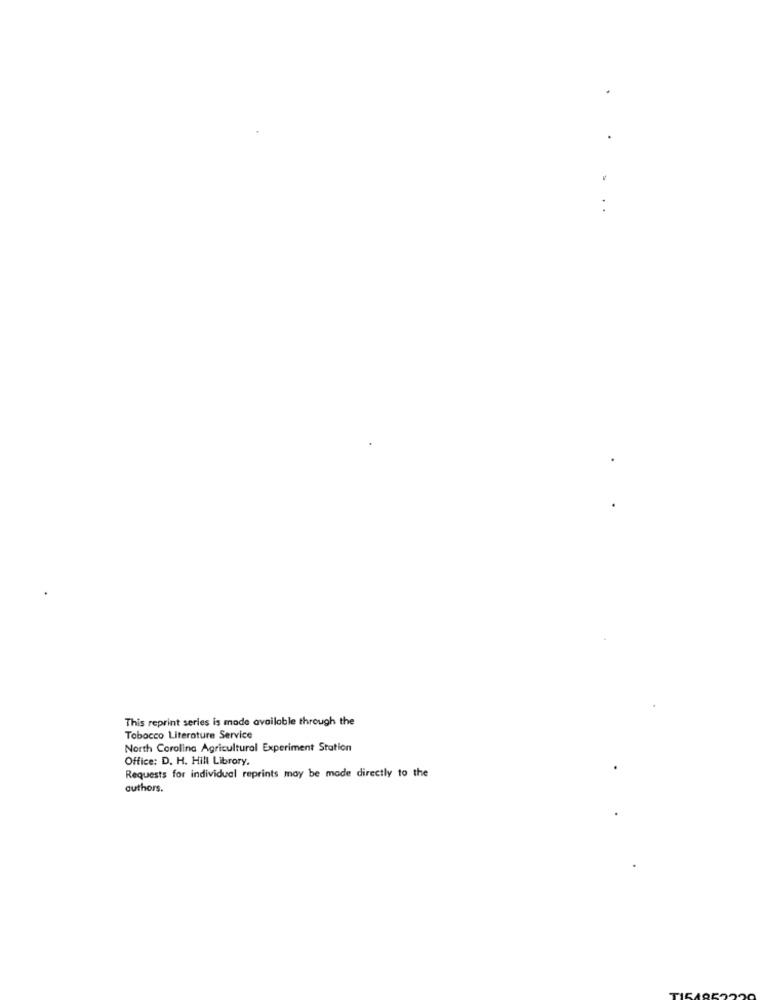
..
This reprint series is made available through the
Tobocco Literature Service
North Corolina Agricultural Experiment Station
Office: D. H. Hill Librory,
Requests for individual reprints may be made directly to the
authors.